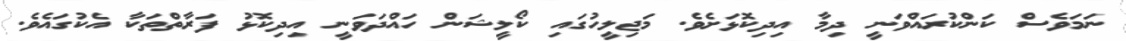
ނަމަވެސް ކަންކުރައްވަނީ ދިމާ އިދިކޮޅަށެވެ. މަޖިލީހުގައި ކޯލީޝަން ހައްދަވަނީ އިދިކޮޅު ފަރާތްތަކާ އެކުގައެވެ.